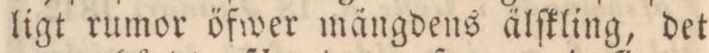
ligt rumor öfwer mängdens älſkling, det